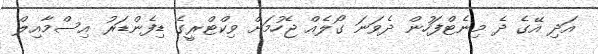
އަދި އޭގެ ދެ މިނެޓްފަހުން ދެވަނަ ގޯލެއް ޖެހުމަށް ވިކްޓްރީގެ ޑިފެންޑަރު އިސްމާއިލް